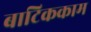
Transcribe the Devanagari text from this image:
बाटिककाम